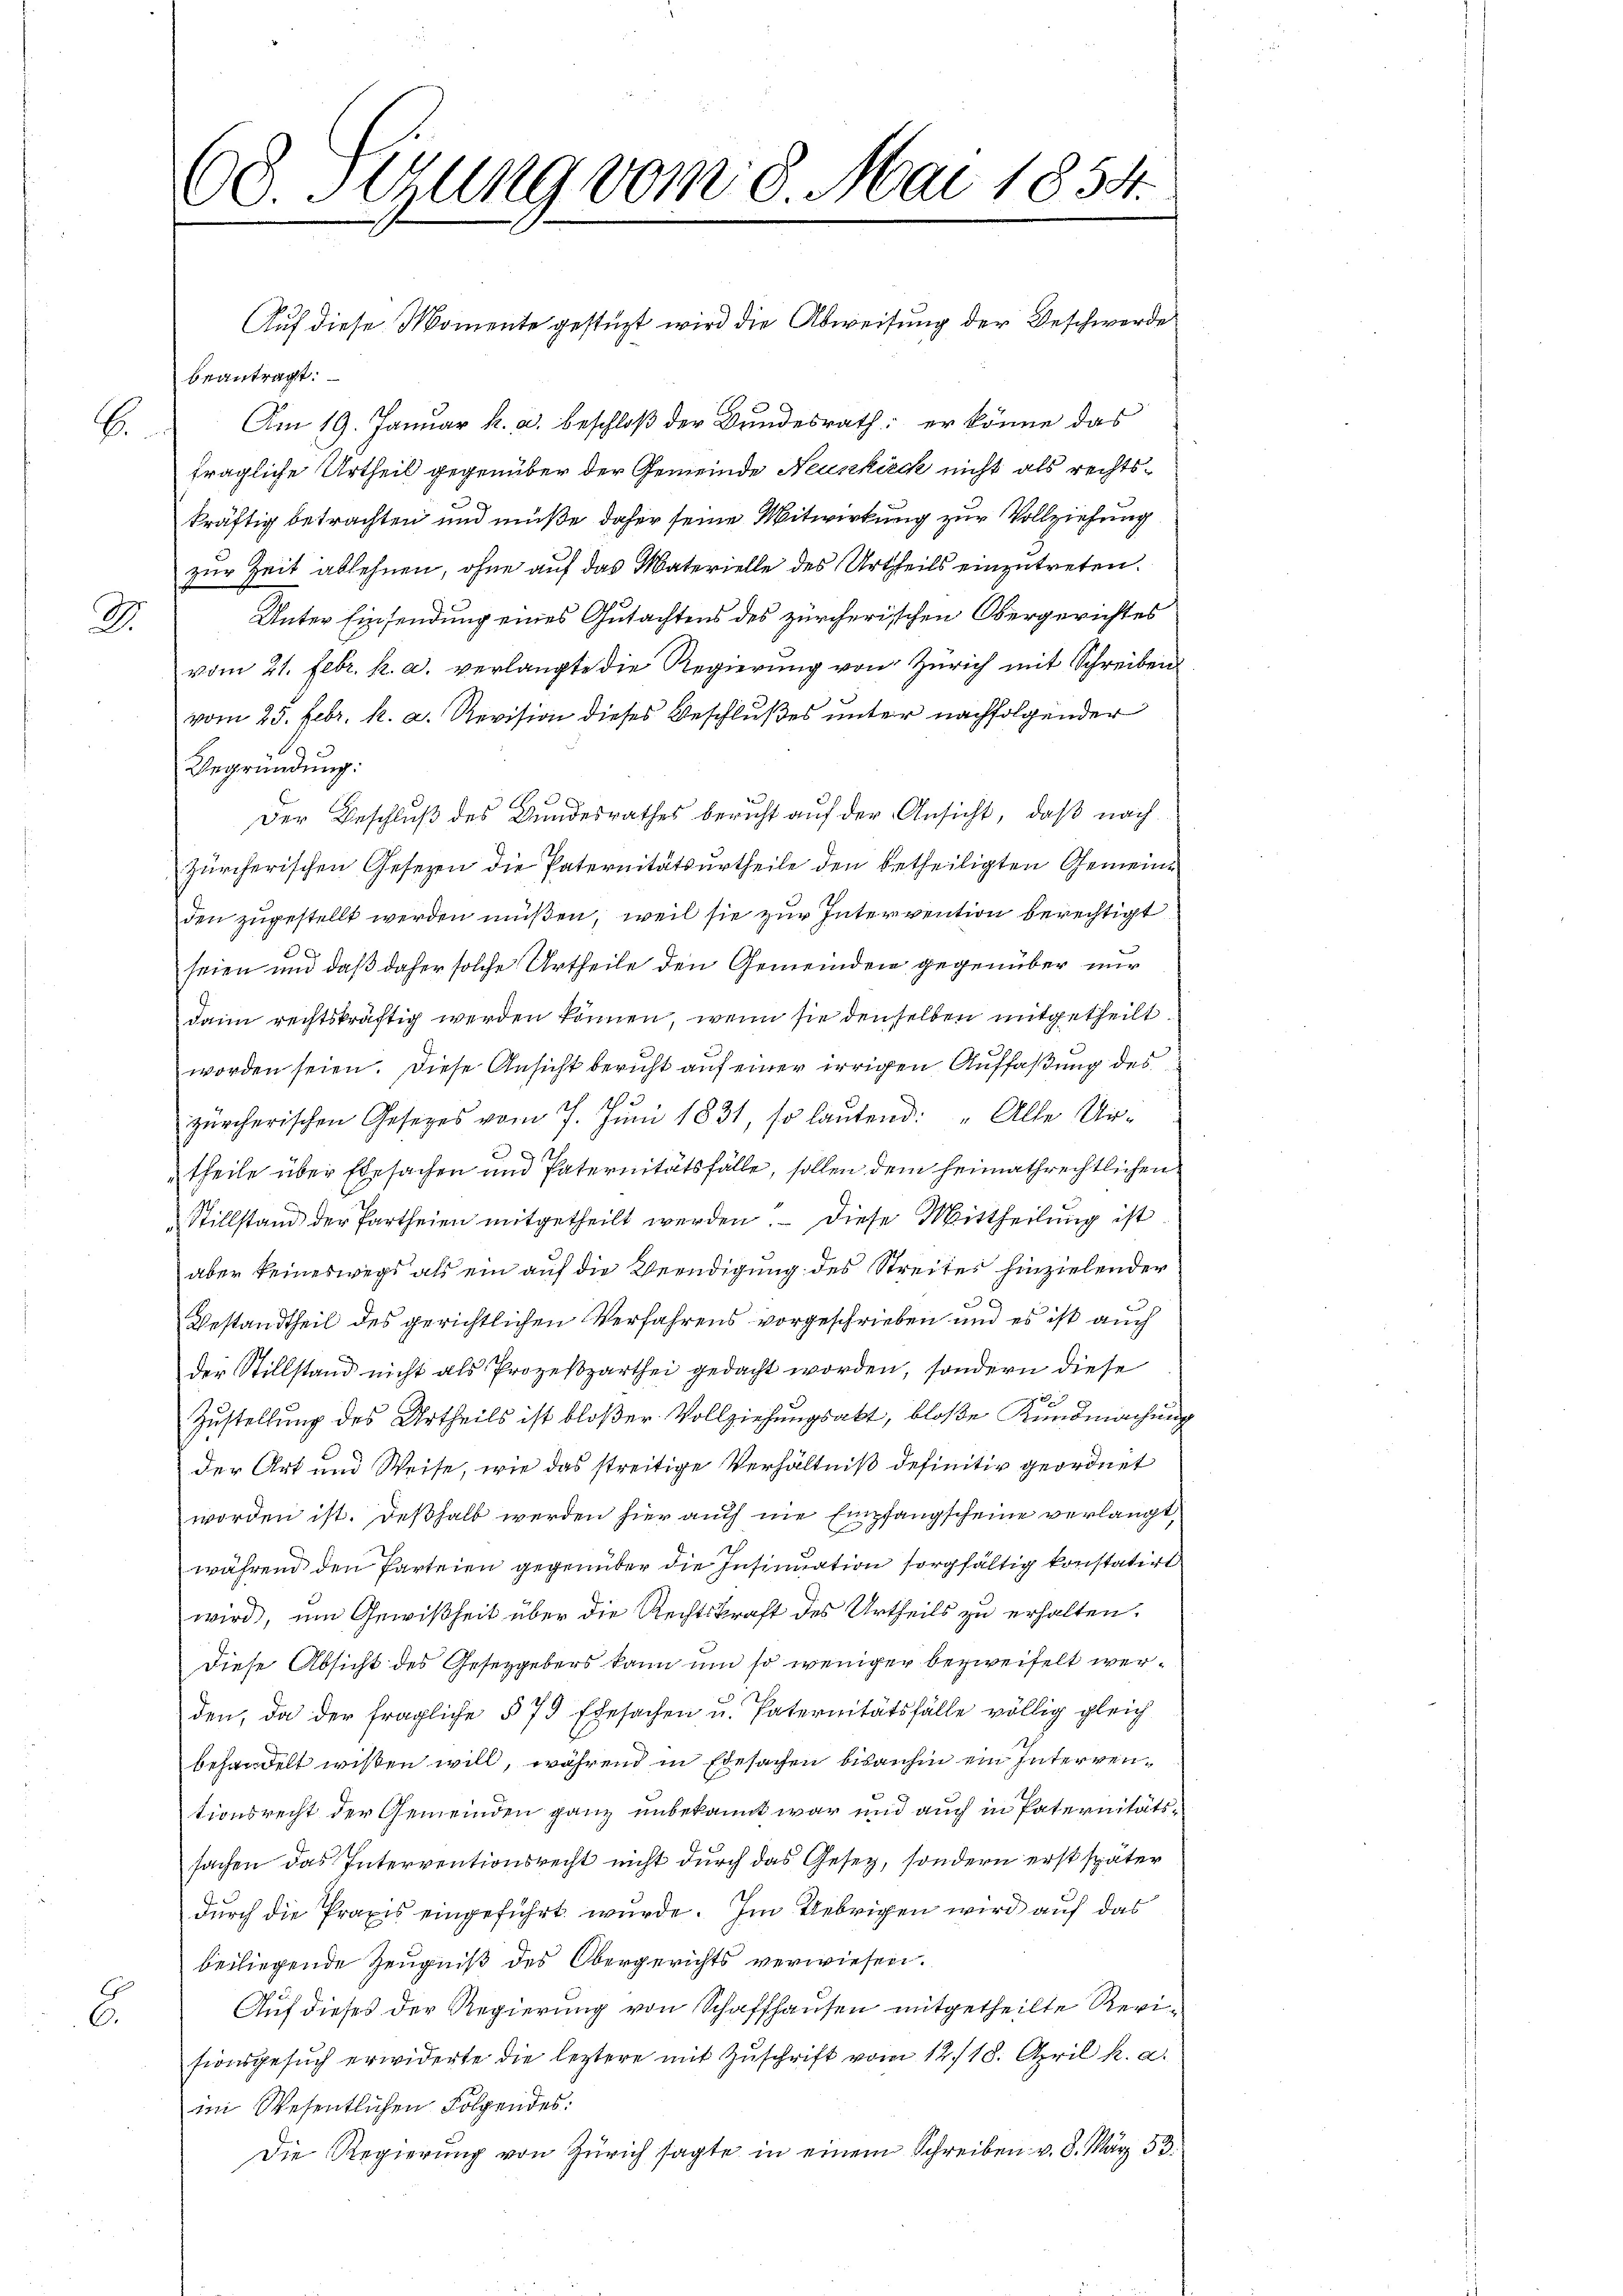
B

2

08 Sizung vom 8. Mai 1854.

Auf diese Momente gestüzt wird die Abweisung der Geschwerde
beantragt:
Am 19. Januar k. a. beschloß der Bundesrath: er könne das
fragliche Urtheil gegenüber der Gemeinde Neunkirch nicht als rechtskräftig betrachten und müße daher seine Mitwirkung zur Vollziehung
zur Zeit ablehnen, ohne auf das Materielle des Urtheils einzutreten.
Unter Einsendung eines Gutachtens des zürcherischen Obergerichtes
vom 21. Febr. h. a. verlangte die Regierung von Zürich mit Schreiben
vom 25. Febr. k. a. Revision dieses Beschlußes unter nachfolgender
Begründung:
Der Beschluß des Bundesrathes bericht auf der Ansicht, daß nach
Zürcherischen Gesezen die Paternitätsurtheile den betheiligten Gemeinden zugestellt werden müßen, weil sie zur Intervention berechtigt
1
seien und daß daher solche Urtheile den Gemeinden gegenüber nur
dann rechtskräftig werden können, wenn sie denselben mitgetheilt.
worden seien. Diese Ansicht bericht auf einer irrigen Auffaßung des
h
zürcherischen Gesetzes vom 7. Juni 1831, so lautend: „Alle Ur¬
9 f.
theile über Ehesachen und Paternitätsfälle, sollen dem heimathrechtlichen
Stillstand der Partheien mitgetheilt werden. Diese Mittheilung ist
aber keineswegs als ein auf die Beendigung des Streites hinzielender

Bestandtheil des gerichtlichen Verfahrens vorgeschrieben und es ist auch
der Stillstand nicht als Prozeßzarthei gedacht worden, sondern diese
7
Zustellung des Urtheils ist bloßer Vollziehungsakt, bloße Kundmachung
der Art und Weise, wie das streitige Verhältniß definitiv geordnet
worden ist. Deßhalb werden hier auch nie Empfangscheine verlangt,
während den Parteien gegenüber die Insinuation sorgfältig konstatirt
wird, um Gewißheit über die Rechtskraft des Urtheils zu erhalten.
Diese Absicht des Gesetzgebers kann um so weniger bezweifelt werden, da der fragliche § 79 Ehesachen u. Paternitätsfälle völlig gleich
behandelt wißen will, während in Ehesachen bisanhin ein Interrentionsrecht der Gemeinden ganz unbekannt war und auch in Paternitätssachen das Interventionsrecht nicht durch das Gesetz, sondern erst später
durch die Praxis eingeführt wurde. Im Uebrigen wird auf das
beiliegende Zeugniß des Obergerichts verwiesen.
Auf dieses der Regierung von Schaffhausen mitgetheilte Revi¬
2
sionsgesuch erwiderte die leztere mit Zuschrift vom 12. 18. April k. a.
im Wesentlichen Folgendes:
Die Regierŭng von Zürich sagte in einem Schreiben v. 8. März 53.